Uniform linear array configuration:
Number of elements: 12
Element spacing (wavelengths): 0.5
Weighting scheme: hamming
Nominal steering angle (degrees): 15
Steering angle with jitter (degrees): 16.462
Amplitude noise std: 0.05
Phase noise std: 0.05

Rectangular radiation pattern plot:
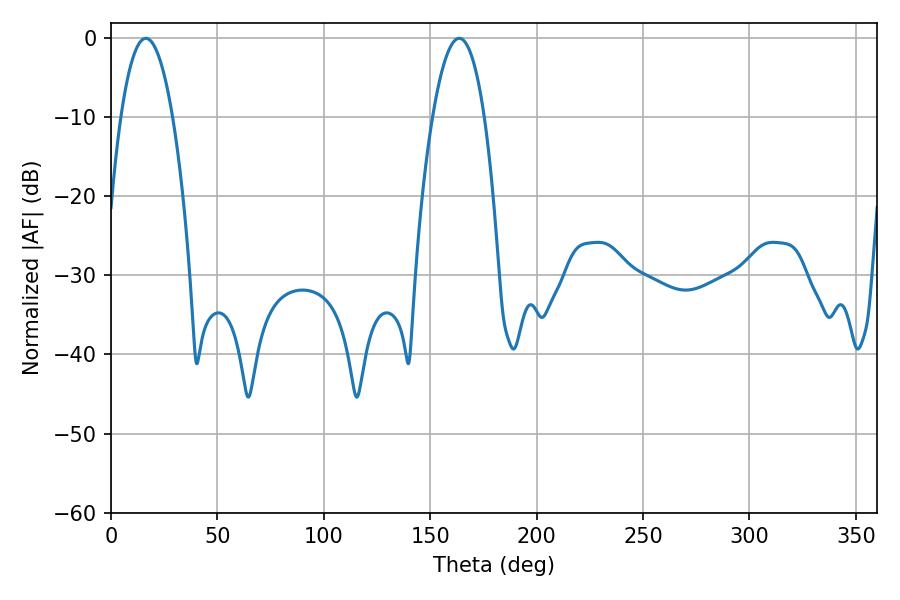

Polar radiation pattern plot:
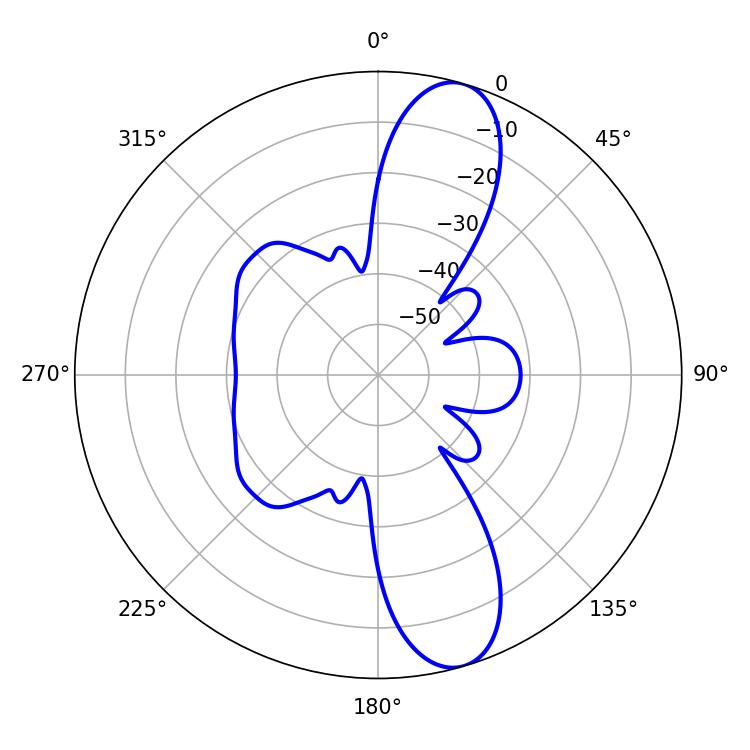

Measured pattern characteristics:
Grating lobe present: FALSE
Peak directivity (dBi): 11.531
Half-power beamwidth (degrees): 13.5
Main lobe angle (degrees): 16.38